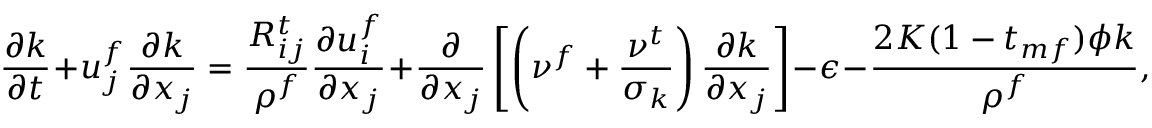
\frac { \partial k } { \partial t } + u _ { j } ^ { f } \frac { \partial k } { \partial x _ { j } } = \frac { R _ { i j } ^ { t } } { \rho ^ { f } } \frac { \partial u _ { i } ^ { f } } { \partial x _ { j } } + \frac { \partial } { \partial x _ { j } } \left[ \left( \nu ^ { f } + \frac { \nu ^ { t } } { \sigma _ { k } } \right) \frac { \partial k } { \partial x _ { j } } \right] - \epsilon - \frac { 2 K ( 1 - t _ { m f } ) \phi k } { \rho ^ { f } } ,